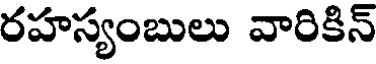
రహస్యంబులు వారికిన్